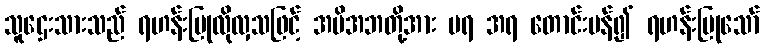
သူဌေးသားသည် ရဟန်းပြုလိုလှသဖြင့် အမိအဘတို့အား မရ အရ တောင်းပန်၍ ရဟန်းပြုသော်